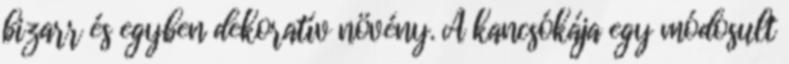
bizarr és egyben dekoratív növény. A kancsókája egy módosult